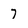
Character: 7